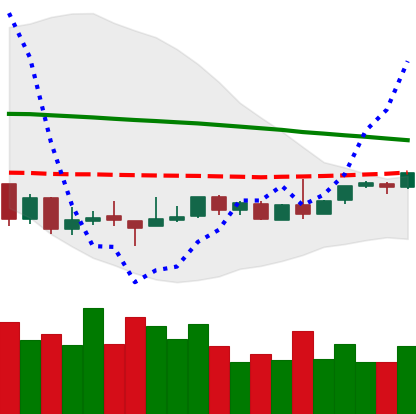
Ticker: BTC-USD
Chart end date: 2018-08-27
Forward return: 4.483%
Label: up_3_5